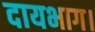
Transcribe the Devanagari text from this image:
दायभाग।